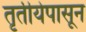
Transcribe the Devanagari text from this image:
तृतीयेपासून